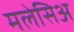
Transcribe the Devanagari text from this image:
मलेसिअ